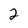
Character: 2